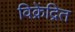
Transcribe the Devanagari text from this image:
विक्रेंद्रित